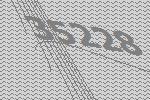
35228